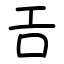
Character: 𢀛